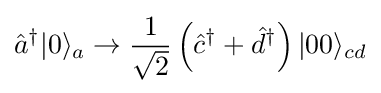
{\hat {a}}^{\dagger }|0\rangle _{a}\to {\frac {1}{\sqrt {2}}}\left({\hat {c}}^{\dagger }+{\hat {d}}^{\dagger }\right)|00\rangle _{cd}